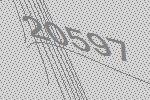
20597